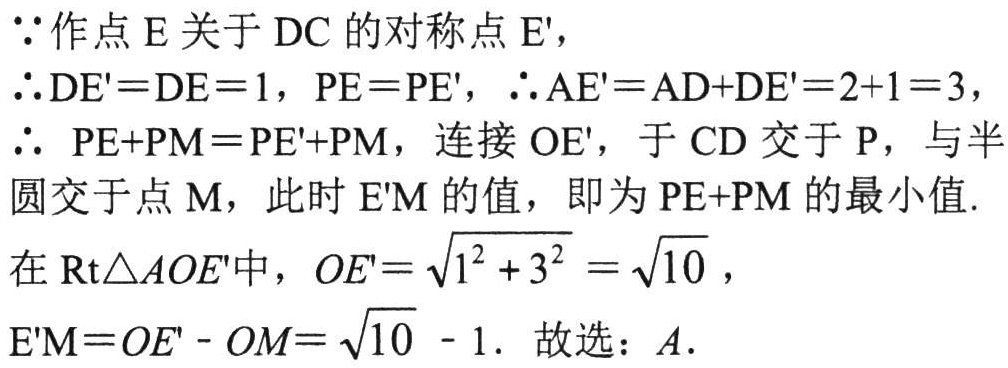
$\because$作点$E$关于$DC$的对称点$E'$，

$\therefore DE' = DE = 1$，$PE = PE'$，$\therefore AE' = AD + DE' = 2 + 1 = 3$，

$\therefore  PE + PM = PE' + PM$，连接$OE'$，于$CD$交于$P$，与半

圆交于点$M$，此时$E'M$的值，即为$PE + PM$的最小值.

在$\text{Rt}\triangle AOE'$中，$OE' = \sqrt{1^{2} + 3^{2}} = \sqrt{10}$，

$E'M = OE' - OM = \sqrt{10} - 1$. 故选：$A$.